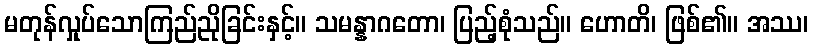
မတုန်လှုပ်သောကြည်ညိုခြင်းနှင့်။ သမန္နာဂတော၊ ပြည့်စုံသည်။ ဟောတိ၊ ဖြစ်၏။ အဿ၊